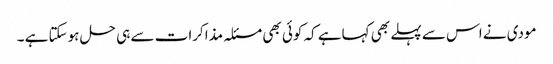
مودی نے اس سے پہلے بھی کہاہے کہ کوئی بھی مسئلہ مذاکرات سے ہی حل ہوسکتا ہے ۔